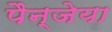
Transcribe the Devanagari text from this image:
पैन्जेया